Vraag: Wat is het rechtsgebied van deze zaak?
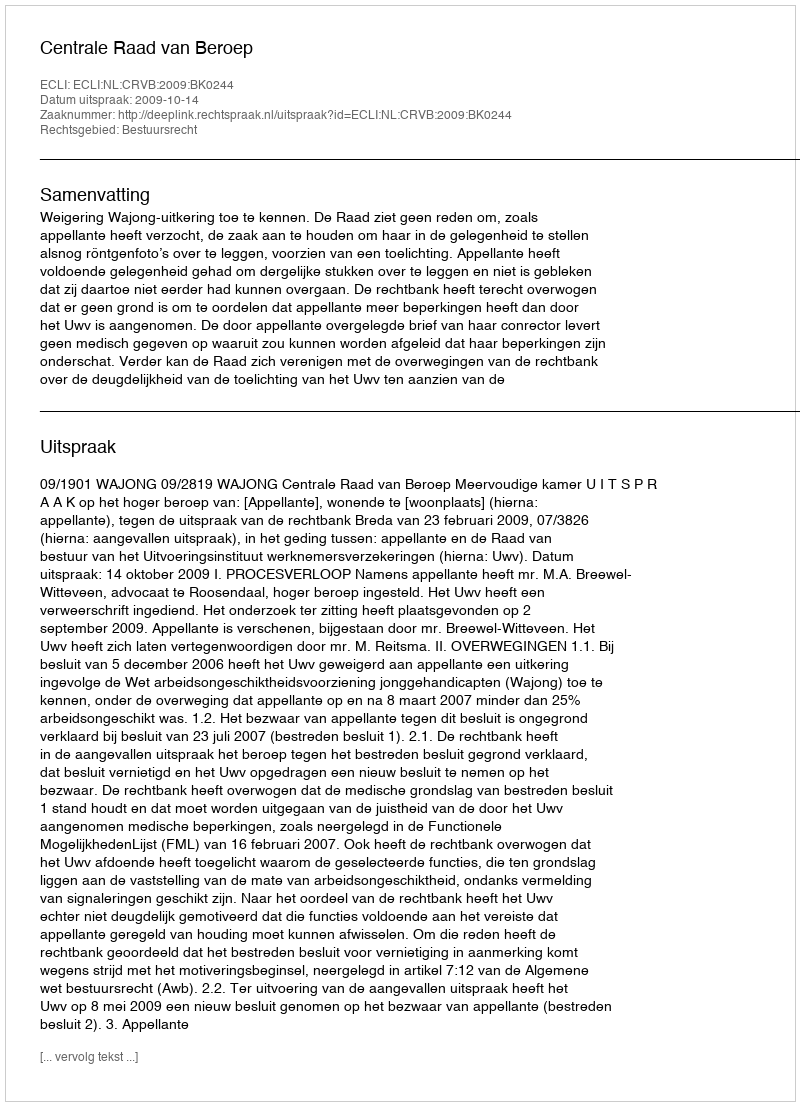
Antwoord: Bestuursrecht